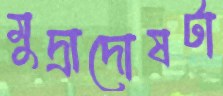
মুদ্রাদোষটা